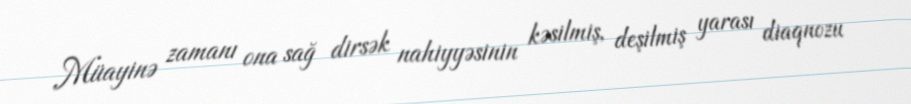
Müayinə zamanı ona sağ dirsək nahiyyəsinin kəsilmiş, deşilmiş yarası diaqnozu